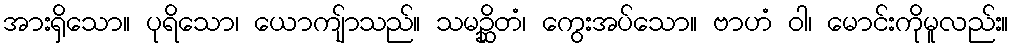
အားရှိသော။ ပုရိသော၊ ယောကျ်ာသည်။ သမဉ္ဆိတံ၊ ကွေးအပ်သော။ ဗာဟံ ဝါ၊ မောင်းကိုမူလည်း။